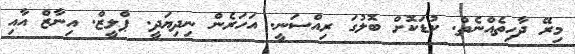
މިރޭ ދާހިތެއްނެތް. ކުޑަކޮށް ބޮލުގަ ރިއްސަނީ. އަހަރެން ނިދިޔަދީ. ޕްލީޒް. އިނާޒް އާއި